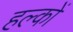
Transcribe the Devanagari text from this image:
हल्कों